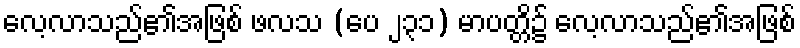
လေ့လာသည်၏အဖြစ် ဖလသ (ပေ ၂၃၁) မာပတ္တိ၌ လေ့လာသည်၏အဖြစ်